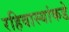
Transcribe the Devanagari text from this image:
रहिवास्यांकडे